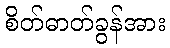
စိတ်ဓာတ်ခွန်အား